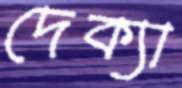
দেক্যা